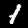
Digit: 1